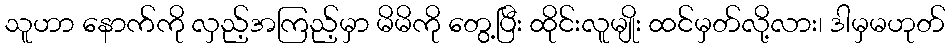
သူဟာ နောက်ကို လှည့်အကြည့်မှာ မိမိကို တွေ့ပြီး ထိုင်းလူမျိုး ထင်မှတ်လို့လား၊ ဒါမှမဟုတ်